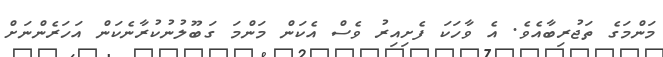
މަންމަގެ ތަޖުރިބާއެވެ. އެ ވާހަކަ ފެށިއިރު ވެސް އެކަން މަންމަ ގަބޫލުނުކުރާނެކަން އަހަރެންނަށް